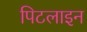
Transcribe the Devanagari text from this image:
पिटलाइन